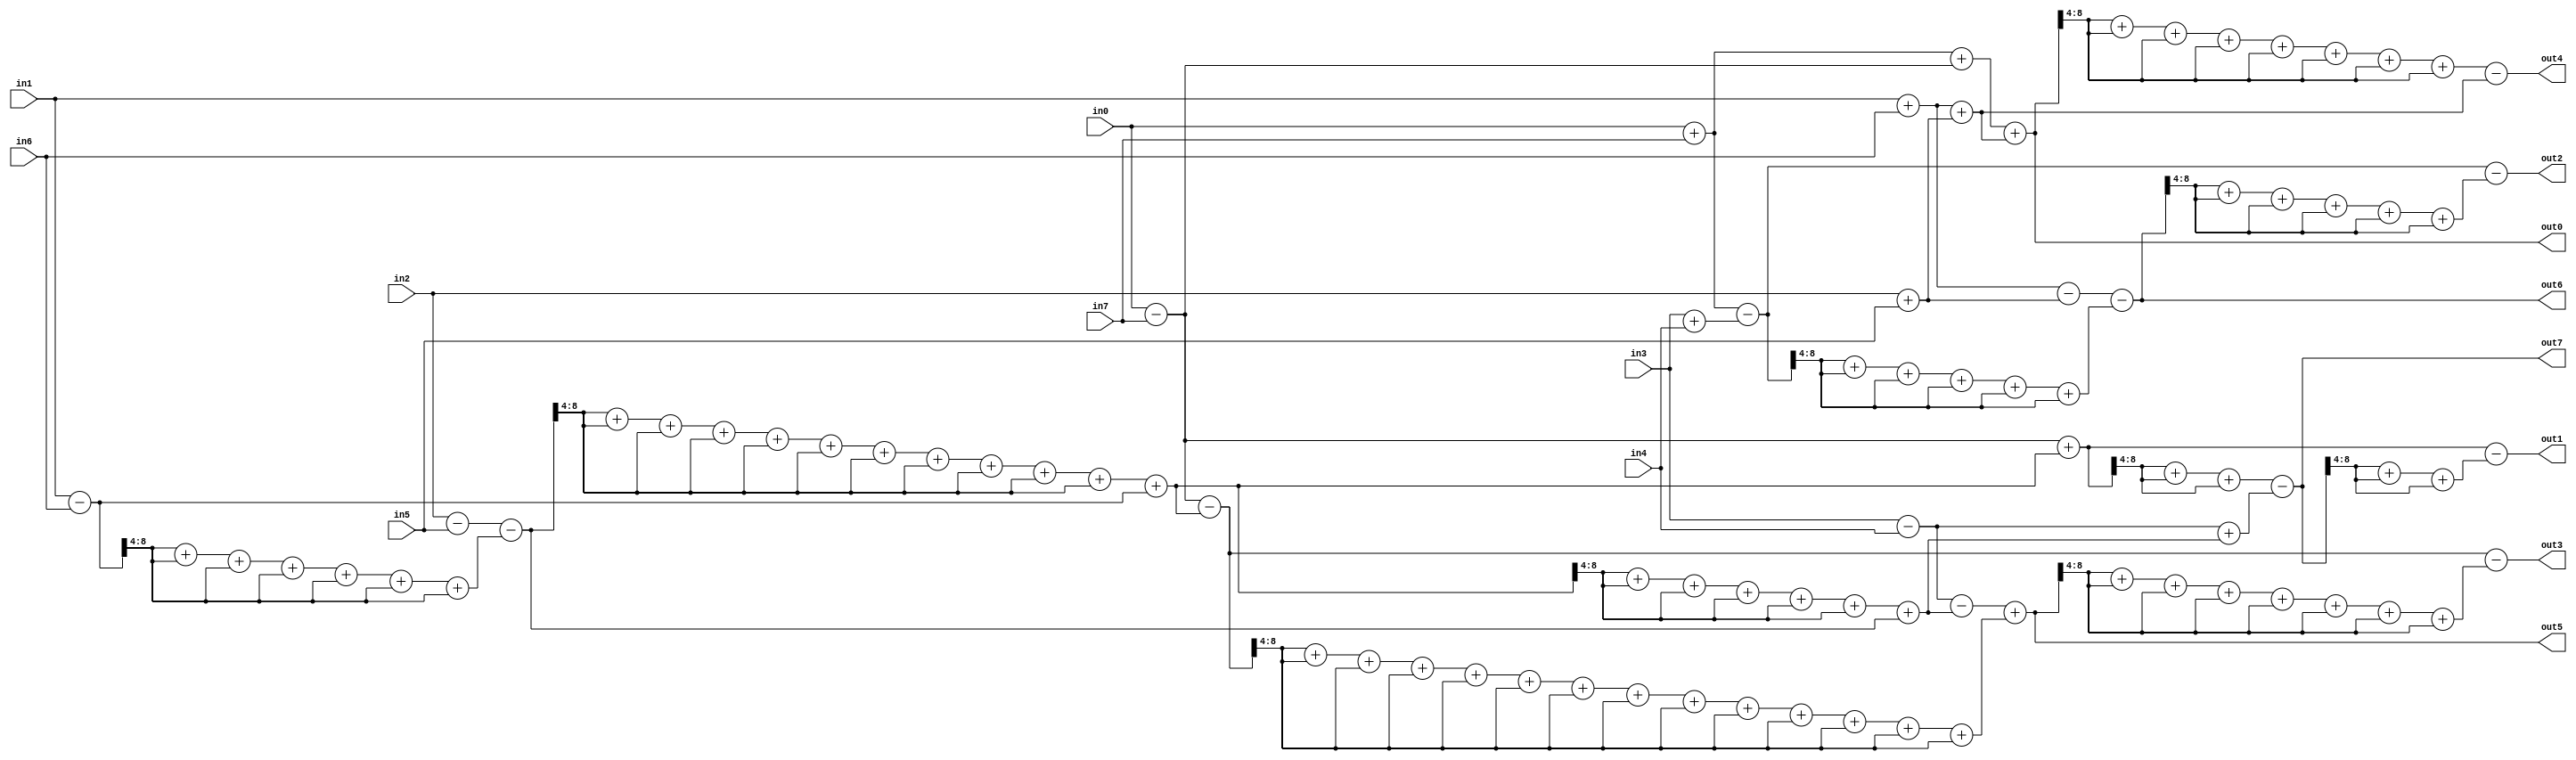
module DCT(
	input signed[8:0] in0,
	input signed[8:0] in1,
	input signed[8:0] in2,
	input signed[8:0] in3,
	input signed[8:0] in4,
	input signed[8:0] in5,
	input signed[8:0] in6,
	input signed[8:0] in7,
	output reg signed[8:0] out0,
	output reg signed[8:0] out1,
	output reg signed[8:0] out2,
	output reg signed[8:0] out3,
	output reg signed[8:0] out4,
	output reg signed[8:0] out5,
	output reg signed[8:0] out6,
	output reg signed[8:0] out7
);

reg signed[8:0] m0;
reg signed[8:0] m1;
reg signed[8:0] m2;
reg signed[8:0] m3;
reg signed[8:0] m4;
reg signed[8:0] m5;
reg signed[8:0] m6;
reg signed[8:0] m7;
reg signed[8:0] z0;
reg signed[8:0] z1;
reg signed[8:0] z2;
reg signed[8:0] a0;
reg signed[8:0] a1;
reg signed[8:0] a2;
reg signed[8:0] a3;
reg signed[8:0] a4;
reg signed[8:0] a5;
reg signed[8:0] a6;
reg signed[8:0] a7;
reg signed[8:0] y0;
reg signed[8:0] y1;
reg signed[8:0] y2;
reg signed[8:0] y3;
reg signed[8:0] y4;
reg signed[8:0] y5;
reg signed[8:0] y6;
reg signed[8:0] y7;
reg signed[8:0] t0;
reg signed[8:0] t1;
reg signed[8:0] t2;
reg signed[8:0] t3;
reg signed[8:0] t4;
reg signed[8:0] t5;
reg signed[8:0] t6;
reg signed[8:0] t7;

reg signed[8:0] p1temp;
reg signed[8:0] p2temp;
reg signed[8:0] p3temp;
reg signed[8:0] p4temp;
reg signed[8:0] p5temp;

reg signed[8:0] u1temp;
reg signed[8:0] u2temp;
reg signed[8:0] u3temp;
reg signed[8:0] u4temp;

reg signed[8:0] t0temp;

always@(*) begin

m0 = in0 + in7;
m1 = in1 + in6;
m2 = in2 + in5;
m3 = in3 + in4;
m4 = in0 - in7;
m5 = in1 - in6;
m6 = in2 - in5;
m7 = in3 - in4;

p4temp = m5 >>> 4;
z0 = m6 - (p4temp + p4temp + p4temp + p4temp + p4temp + p4temp + p4temp);
u4temp = z0 >>> 4;
z1 = (u4temp + u4temp + u4temp + u4temp + u4temp + u4temp + u4temp + u4temp + u4temp + u4temp + u4temp) + m5;
p5temp = z1 >>> 4;
z2 = (p5temp + p5temp + p5temp + p5temp + p5temp + p5temp) + z0;

a0 = m0;
a1 = m1;
a2 = m2;
a3 = m3;
a4 = m4;
a5 = z2;
a6 = z1;
a7 = m7;

y0 = a0 + a4;
y1 = a1 + a2;
y2 = a1 - a2;
y3 = a0 - a3;
y4 = a4 + a6;
y5 = a4 - a6;
y6 = a7 - a5;
y7 = a7 + a5;

p3temp = y4 >>> 4;
t7 = (p3temp + p3temp + p3temp) - y7;
t0 = y0 + y1;
u3temp = t7 >>> 4;
t1 = y4 - (u3temp + u3temp + u3temp);
u1temp = t6 >>> 4;
t2 = y3 - (u1temp + u1temp + u1temp + u1temp + u1temp + u1temp);
u2temp = t5 >>> 4;
t3 = y5 - (u2temp + u2temp + u2temp + u2temp + u2temp + u2temp + u2temp + u2temp);
t0temp = t0 >>> 4;
t4 = (t0temp + t0temp + t0temp + t0temp + t0temp + t0temp + t0temp + t0temp) - y1;
p2temp = y5 >>> 4;
t5 = y6 + (p2temp + p2temp + p2temp + p2temp + p2temp + p2temp + p2temp + p2temp + p2temp + p2temp + p2temp + p2temp + p2temp + p2temp);
p1temp = y3 >>> 4;
t6 = y2 - (p1temp + p1temp + p1temp + p1temp + p1temp + p1temp);
//p3temp = y4 >>> 4;
//t7 = (p3temp + p3temp + p3temp) - y7;

out0 = t0;
out1 = t1;
out2 = t2;
out3 = t3;
out4 = t4;
out5 = t5;
out6 = t6;
out7 = t7;
end

endmodule